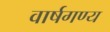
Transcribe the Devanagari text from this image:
वार्षगण्य